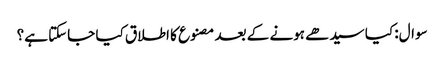
سوال: کیا سیدھے ہونے کے بعد مصنوع کا اطلاق کیا جاسکتا ہے؟